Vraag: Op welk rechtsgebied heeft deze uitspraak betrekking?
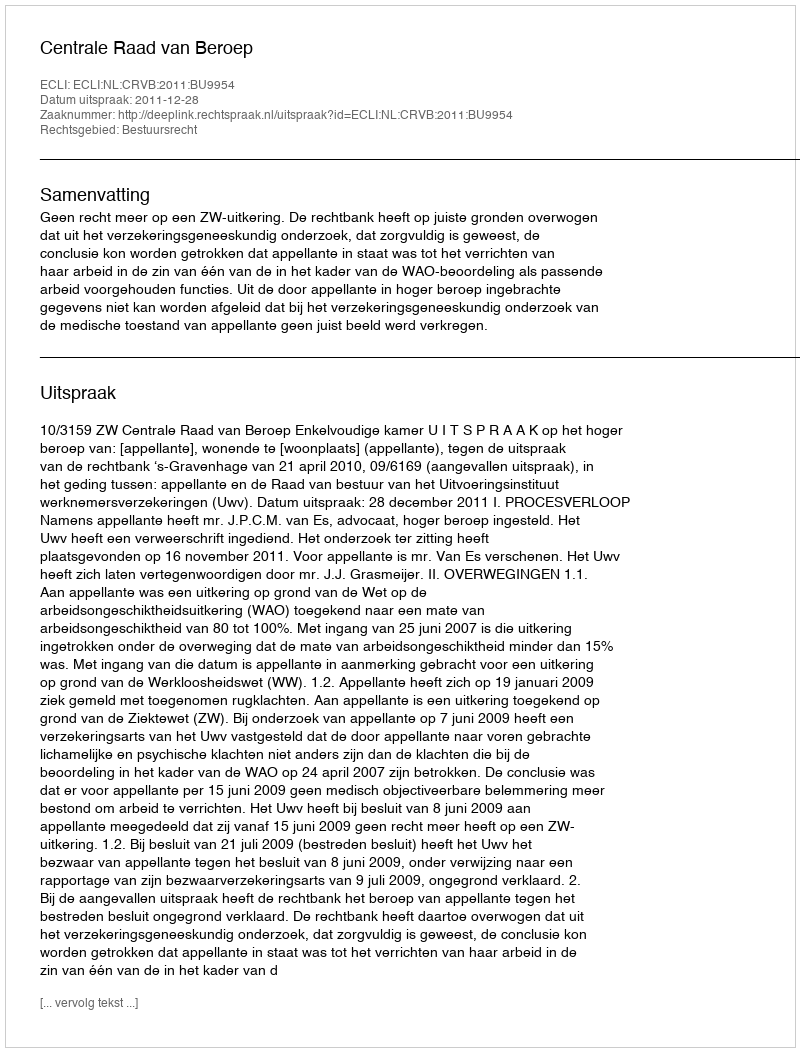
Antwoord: Bestuursrecht